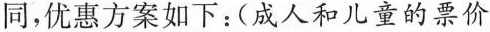
同，优惠方案如下：(成人和儿童的票价